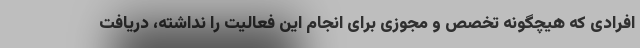
افرادی که هیچگونه تخصص و مجوزی برای انجام این فعالیت را نداشته، دریافت